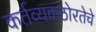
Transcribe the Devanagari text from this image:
कर्तव्यकठोरतेचे